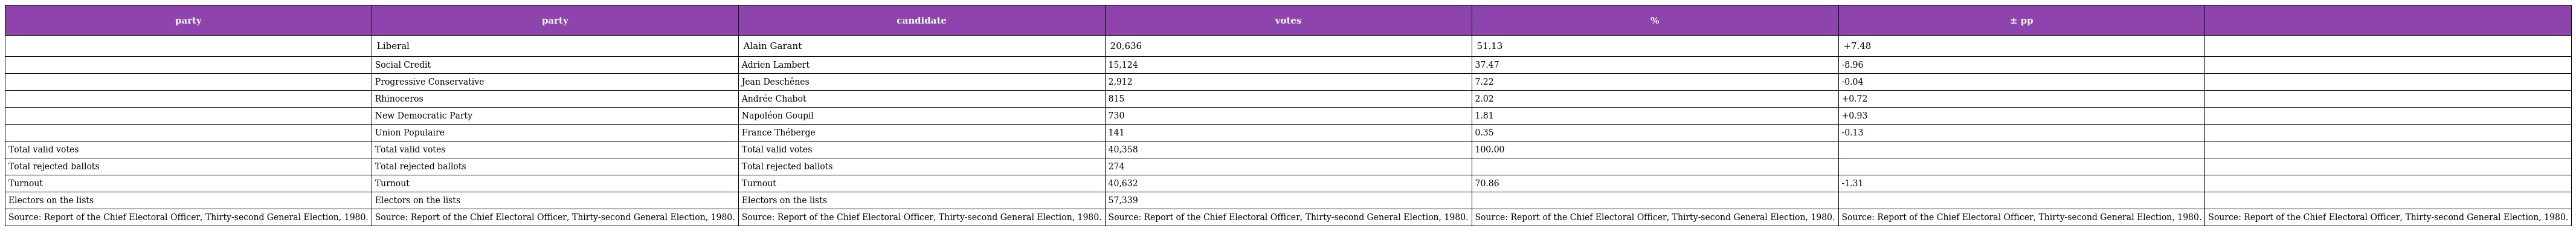
| party | party | candidate | votes | % | ± pp |  |
 | --- | --- | --- | --- | --- | --- | --- |
 |  | Liberal | Alain Garant | 20,636 | 51.13 | +7.48 |  |
 |  | Social Credit | Adrien Lambert | 15,124 | 37.47 | -8.96 |  |
 |  | Progressive Conservative | Jean Deschênes | 2,912 | 7.22 | -0.04 |  |
 |  | Rhinoceros | Andrée Chabot | 815 | 2.02 | +0.72 |  |
 |  | New Democratic Party | Napoléon Goupil | 730 | 1.81 | +0.93 |  |
 |  | Union Populaire | France Théberge | 141 | 0.35 | -0.13 |  |
 | Total valid votes | Total valid votes | Total valid votes | 40,358 | 100.00 |  |  |
 | Total rejected ballots | Total rejected ballots | Total rejected ballots | 274 |  |  |  |
 | Turnout | Turnout | Turnout | 40,632 | 70.86 | -1.31 |  |
 | Electors on the lists | Electors on the lists | Electors on the lists | 57,339 |  |  |  |
 | Source: Report of the Chief Electoral Officer, Thirty-second General Election, 1980. | Source: Report of the Chief Electoral Officer, Thirty-second General Election, 1980. | Source: Report of the Chief Electoral Officer, Thirty-second General Election, 1980. | Source: Report of the Chief Electoral Officer, Thirty-second General Election, 1980. | Source: Report of the Chief Electoral Officer, Thirty-second General Election, 1980. | Source: Report of the Chief Electoral Officer, Thirty-second General Election, 1980. | Source: Report of the Chief Electoral Officer, Thirty-second General Election, 1980. |